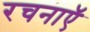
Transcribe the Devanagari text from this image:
रचनाऍ